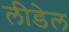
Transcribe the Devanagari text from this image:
लीडेल